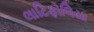
લાટિફોલિયા